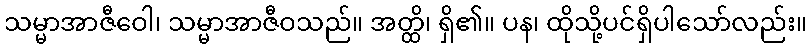
သမ္မာအာဇီဝေါ၊ သမ္မာအာဇီဝသည်။ အတ္ထိ၊ ရှိ၏။ ပန၊ ထိုသို့ပင်ရှိပါသော်လည်း။